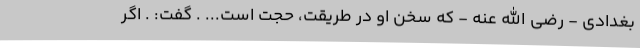
بغدادی - رضی الله عنه - که سخنِ او در طریقت، حجت است... . گفت: . اگر